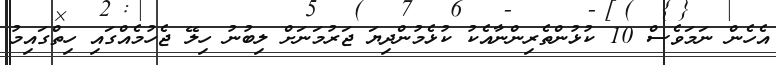
އެހެން ނަމަވެސް 10 ކުޅުންތެރިންނާއެކު ކުޅެމުންދިޔަ ޖަރުމަނަށް ލިބުނު ހިލޭ ޖެހުމެއްގައި ހިތްގައިމު